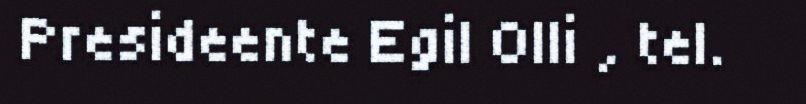
Presideente Egil Olli , tel.